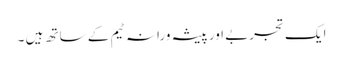
ایک تجربے اور پیشہ ورانہ ٹیم کے ساتھ ہیں ۔